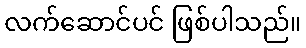
လက်ဆောင်ပင် ဖြစ်ပါသည်။